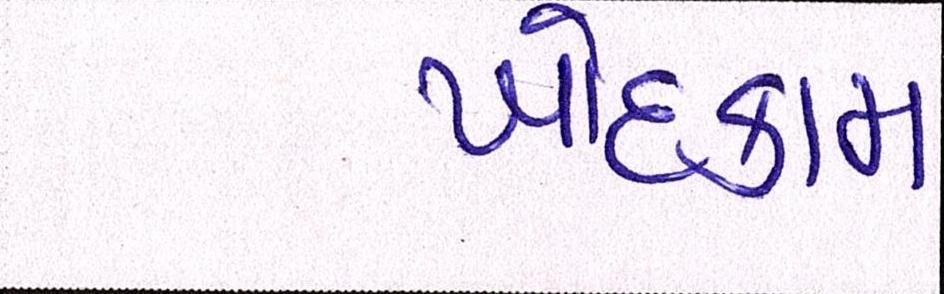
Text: ખોદકામ